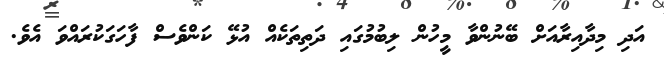
އަދި މިދާއިރާއަށް ބޭނުންވާ މީހުން ލިބުމުގައި ދަތިތަކެއް އުޅޭ ކަންވެސް ފާހަަގަކުރައްވަ އެވެ.